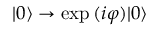
| 0 \rangle \rightarrow \exp { ( i \varphi ) } | 0 \rangle